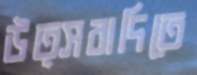
উত্সবাদিতে